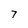
Character: 7